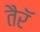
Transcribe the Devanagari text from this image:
तैरॅ